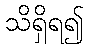
သိရှိရ၍